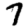
Digit: 7